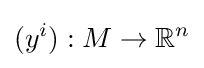
(y^{i}):M\rightarrow {\mathbb {R} }^{n}